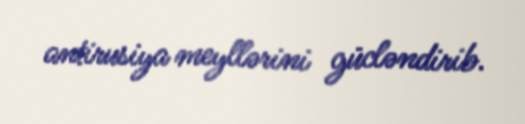
antirusiya meyllərini gücləndirib.